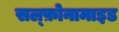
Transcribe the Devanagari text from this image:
सल्‍फ़ोनामाइड